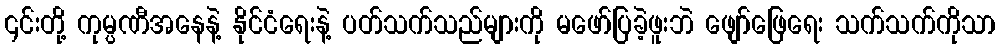
၎င်းတို့ ကုမ္ပဏီအနေနဲ့ နိုင်ငံရေးနဲ့ ပတ်သက်သည်များကို မဖော်ပြခဲ့ဖူးဘဲ ဖျော်ဖြေရေး သက်သက်ကိုသာ